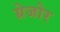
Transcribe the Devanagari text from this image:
ग्रेजोर